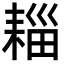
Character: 䎩